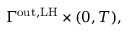
\Gamma ^ { \mathrm { o u t , L H } } \times ( 0 , T ) ,